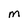
Character: M